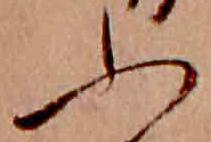
ふ